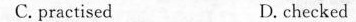
C. practiscd D. checked